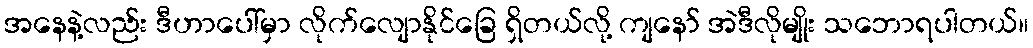
အနေနဲ့လည်း ဒီဟာပေါ်မှာ လိုက်လျောနိုင်ခြေ ရှိတယ်လို့ ကျနော် အဲဒီလိုမျိုး သဘောရပါတယ်။